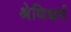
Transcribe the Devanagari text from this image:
श्रेणिधर्म